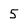
Character: 5